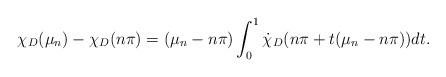
LaTeX: \begin{align*}\chi_D(\mu_n)-\chi_D(n\pi)= (\mu_n-n\pi)\int_0^1 \dot \chi_D(n\pi +t(\mu_n-n\pi))dt.\end{align*}